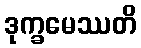
ဒုက္ခမေဿတိ